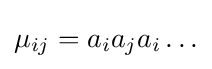
\mu _{ij}=a_{i}a_{j}a_{i}\ldots